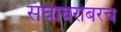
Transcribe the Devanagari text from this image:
संघाबरोबरच